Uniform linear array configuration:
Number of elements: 48
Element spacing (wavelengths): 0.5
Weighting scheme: cosine
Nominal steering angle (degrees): -30
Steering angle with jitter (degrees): -30.231
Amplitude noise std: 0.05
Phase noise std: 0.05

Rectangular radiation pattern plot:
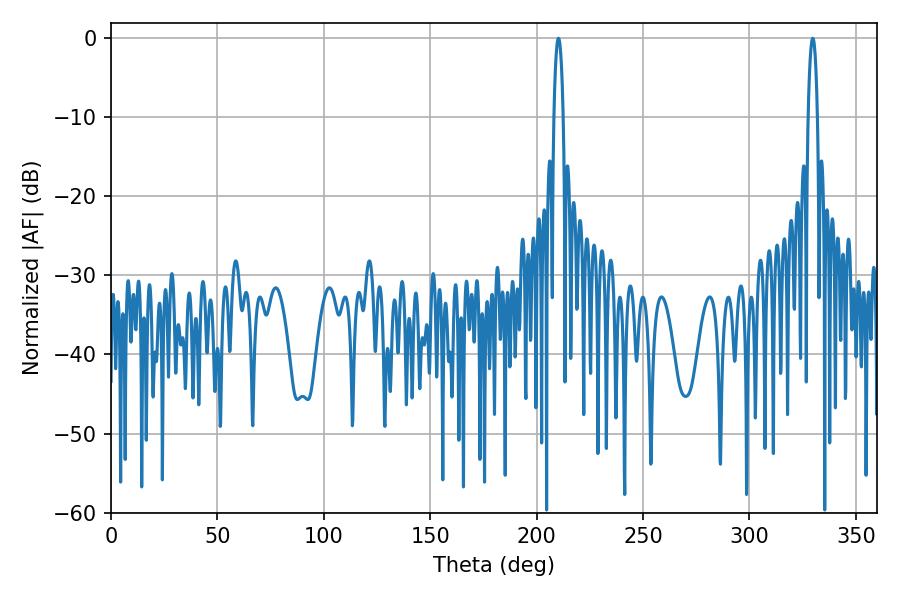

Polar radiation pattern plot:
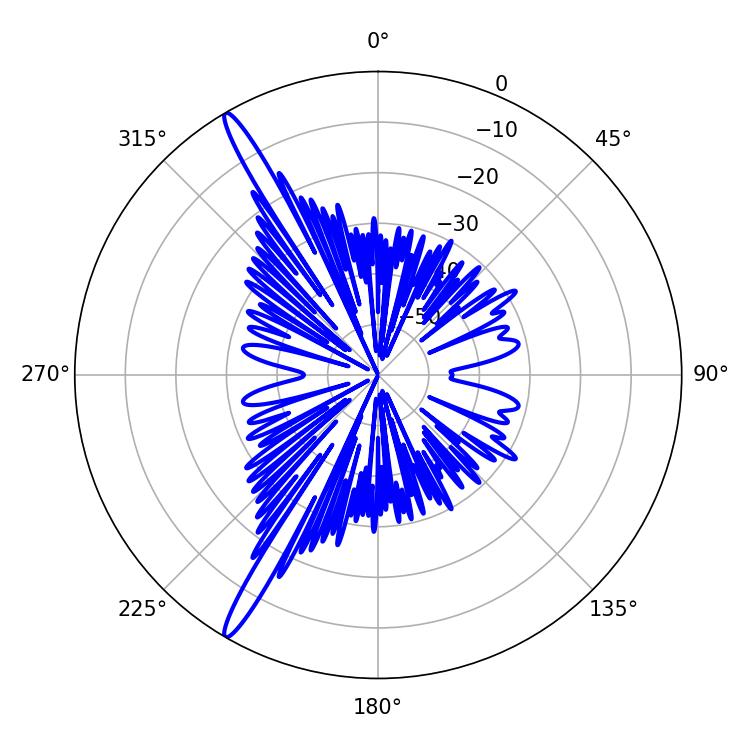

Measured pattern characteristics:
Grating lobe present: FALSE
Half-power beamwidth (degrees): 2.52
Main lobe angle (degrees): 210.24